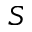
S